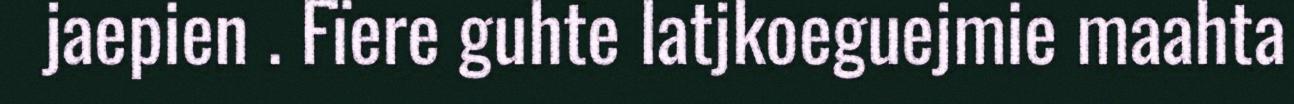
jaepien . Fïere guhte latjkoeguejmie maahta